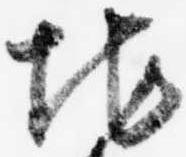
地